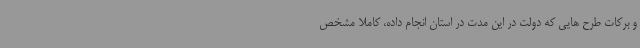
و برکات طرح هایی که دولت در این مدت در استان انجام داده، کاملاً مشخص